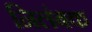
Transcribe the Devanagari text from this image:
निलंबक